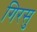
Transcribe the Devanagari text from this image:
गिरसु